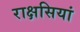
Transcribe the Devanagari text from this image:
राक्षसियां